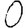
Digit: 0